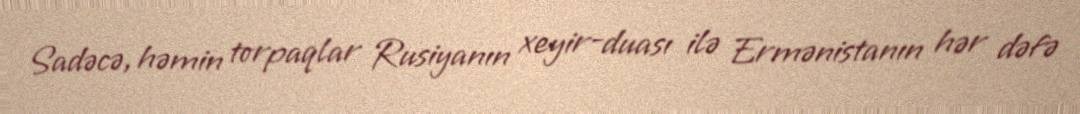
Sadəcə, həmin torpaqlar Rusiyanın xeyir-duası ilə Ermənistanın hər dəfə